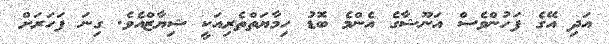
އަދި އޭގެ ފަހުންވެސް އަނޫޝާގެ އެންމެ ބޮޑު ހިމާޔަތްތެރިއަކީ ޝިޔާޒްއެވެ. ގިނަ ފަހަރަށް